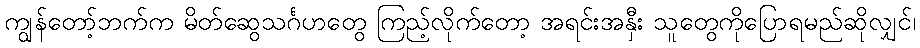
ကျွန်တော့်ဘက်က မိတ်ဆွေသင်္ဂဟတွေ ကြည့်လိုက်တော့ အရင်းအနှီး သူတွေကိုပြောရမည်ဆိုလျှင်၊